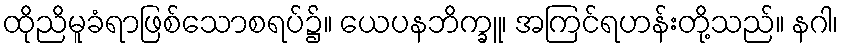
ထိုညိမူခံရာဖြစ်သောစရပ်၌။ ယေပနဘိက္ခူ၊ အကြင်ရဟန်းတို့သည်။ နဂါ၊